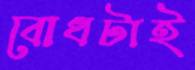
বোধটাই